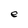
Character: e